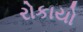
રોકાયો